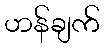
ဟန်ချက်